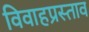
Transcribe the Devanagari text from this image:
विवाहप्रस्ताव